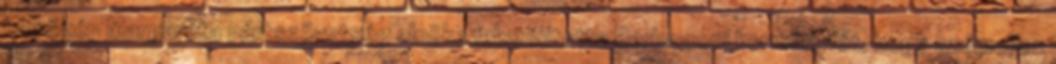
balközép Margaréta pártszövetség elnöke felszólította Berlusconi kormányfőt, hogy számoljon